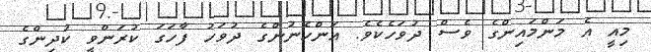
މިއީ އެ މަންމައިންގެ ވެސް ދުވަހެކެވެ. އަންހެނުންގެ ދުވަހު ފާހަގަ ކުރަންވީ ކުދިންގެ